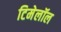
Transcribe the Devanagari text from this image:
टिमेलॉल